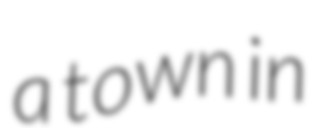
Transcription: a town in